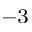
^ { - 3 }